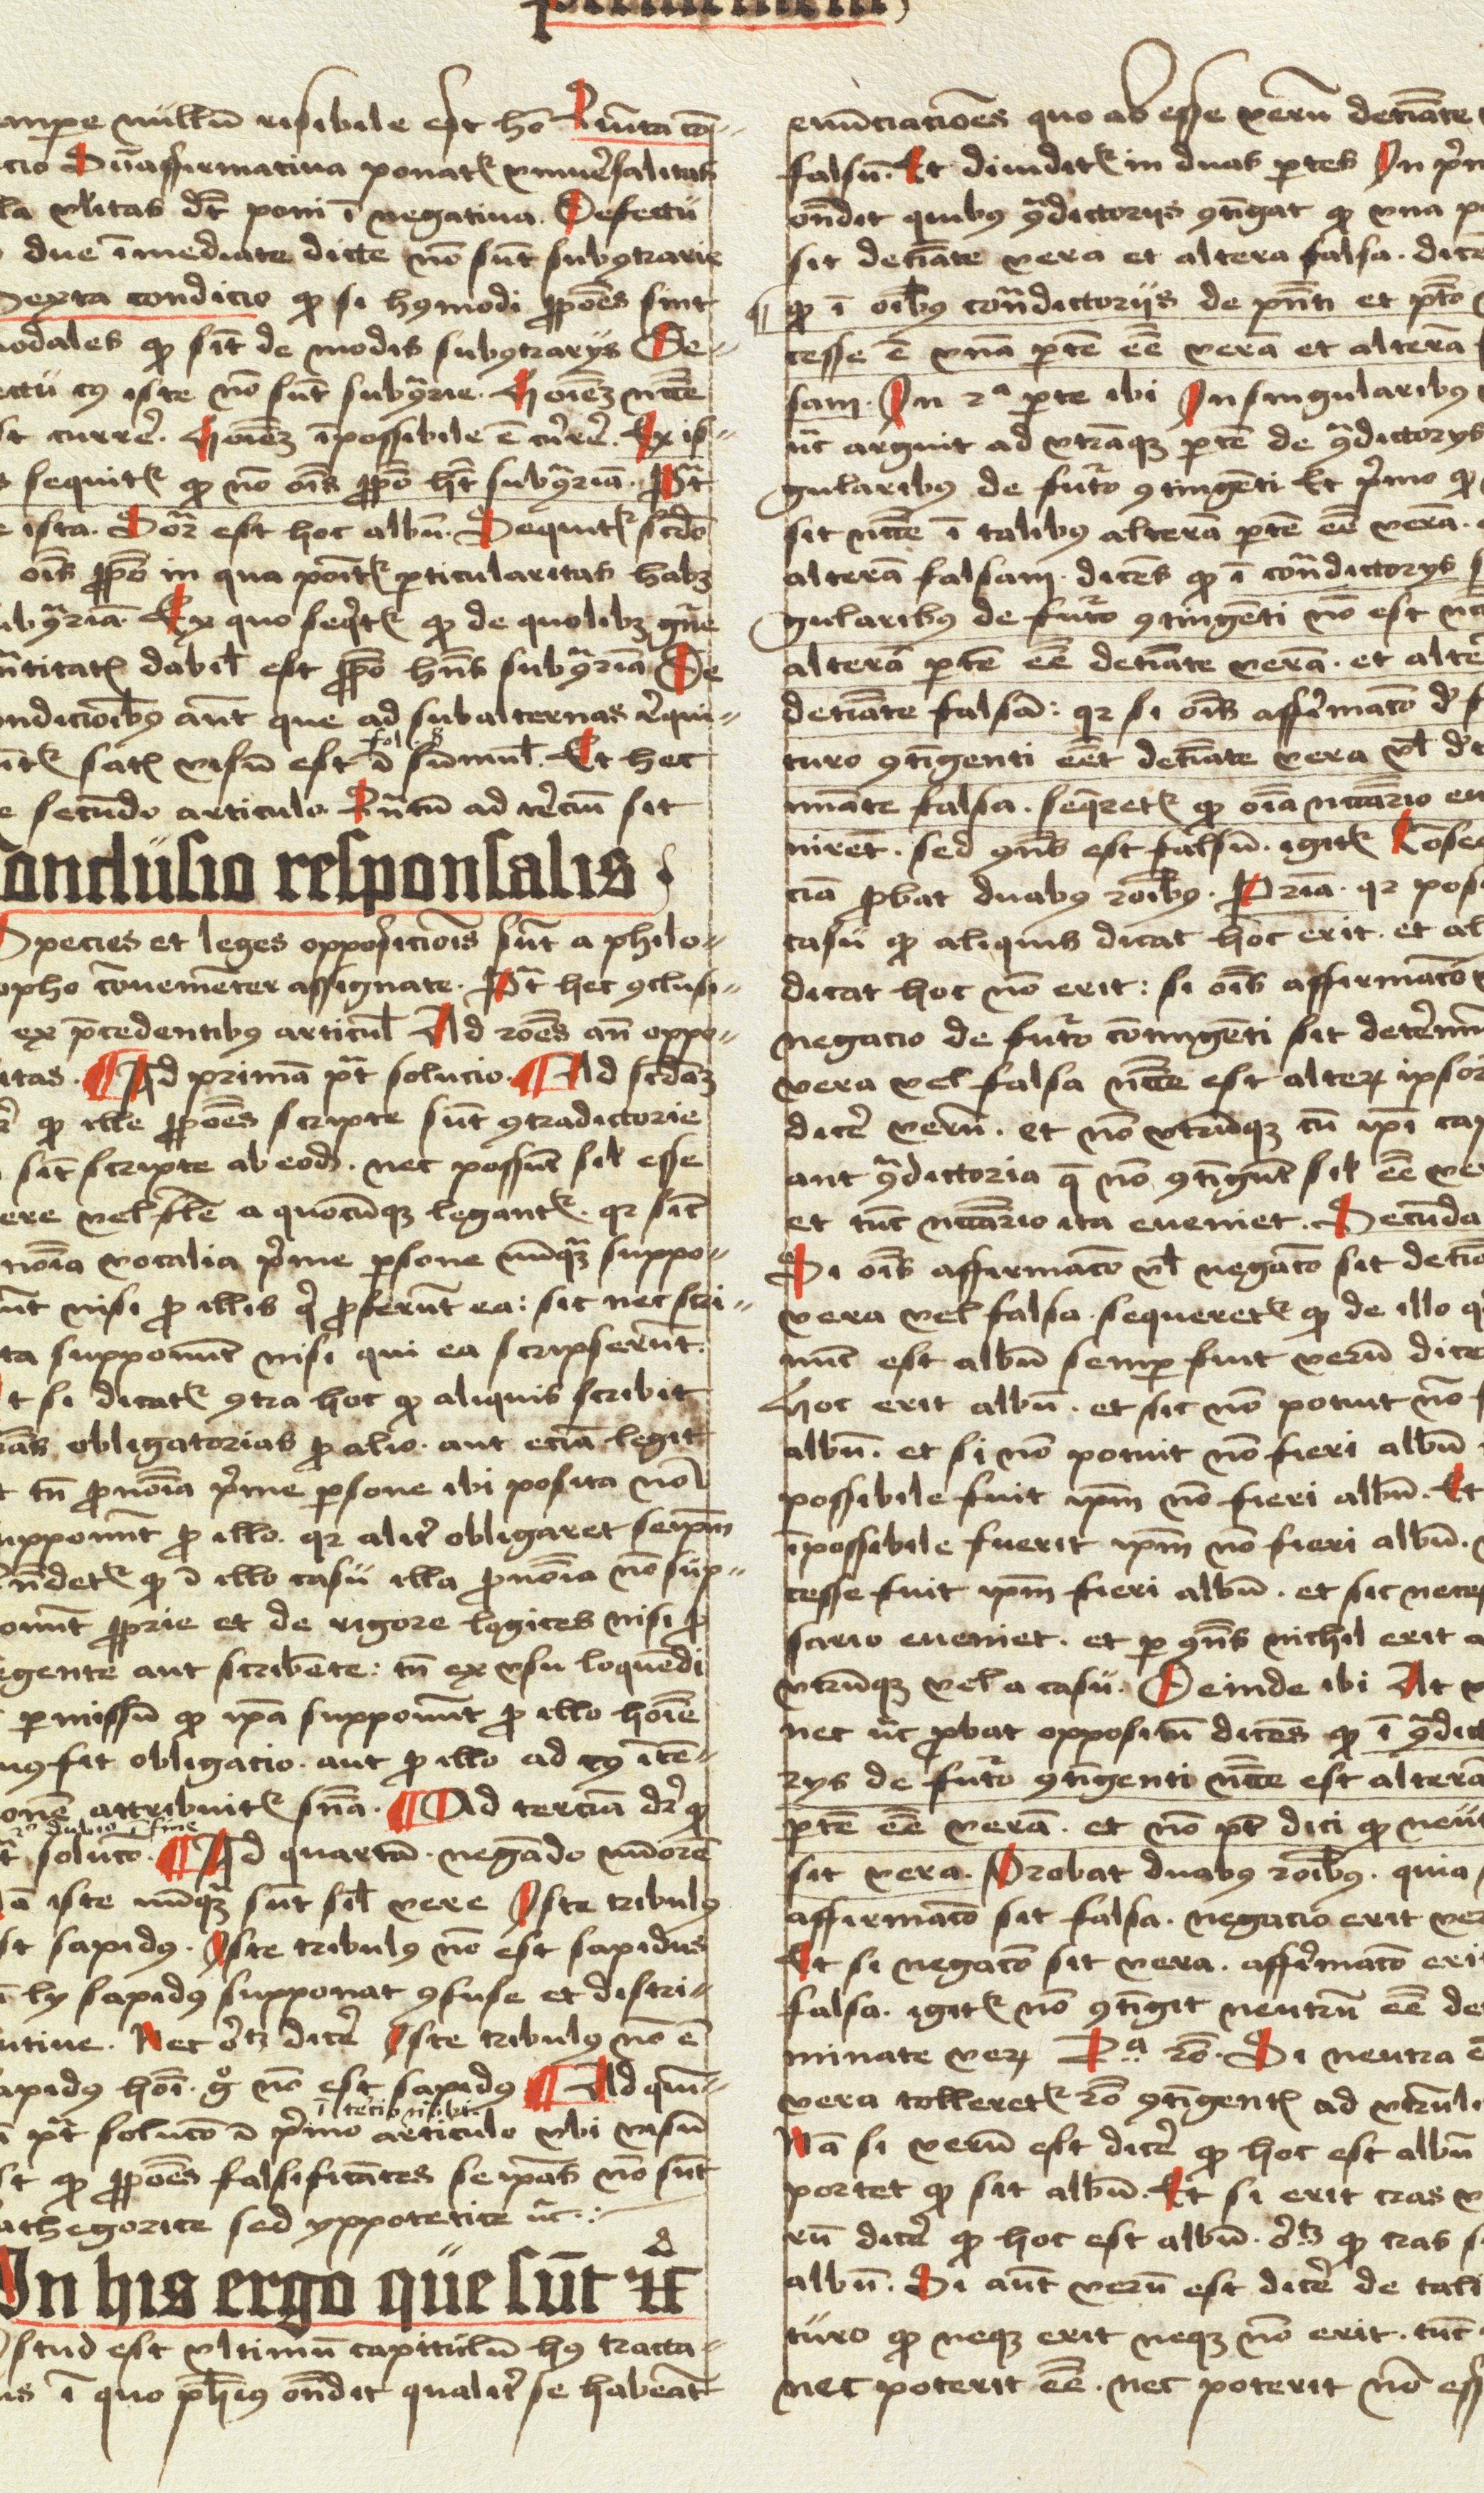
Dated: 1498–1499